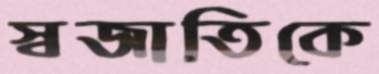
স্বজাতিকে